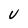
Character: U